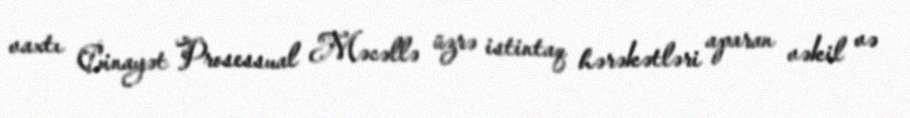
vaxtı Cinayət Prosessual Məcəllə üzrə istintaq hərəkətləri aparan vəkil və